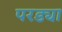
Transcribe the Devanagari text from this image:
परड्या